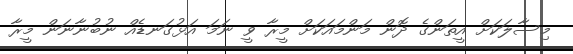
މިސާލަކަށް އީތަންގެ ދޮން މަންމައަކަށް މީރާ ވީ ނަމަ އަޅުގަނޑެއް ނުބުނާނަން މީރާ